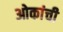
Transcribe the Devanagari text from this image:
ओकांची